Plague in India, 1896, 1897 - Volume 2
Year: 1896
Disease focus: Plague
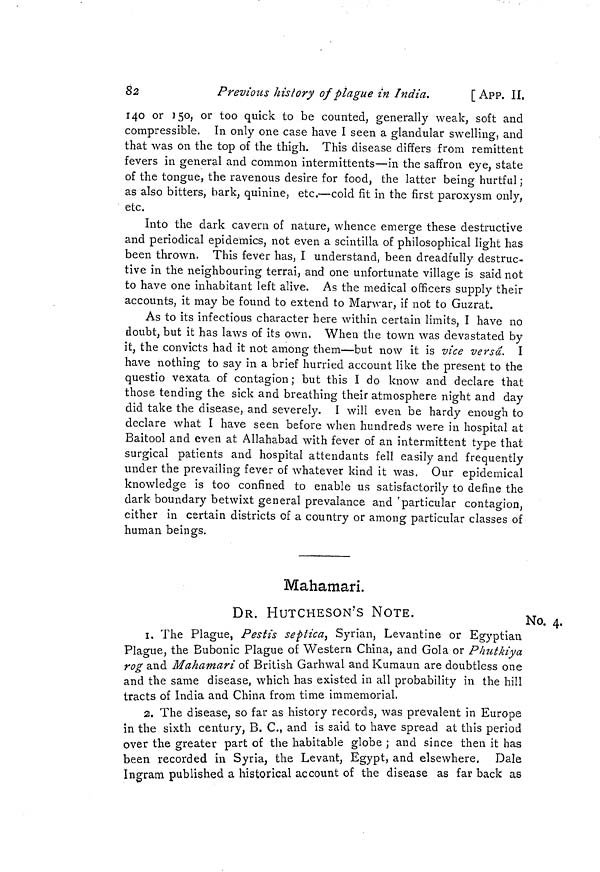
82
Previous history of plague in India.
[ App. II
140 or 150, or too quick to be counted, generally weak, soft anc
compressible. In only one case have I seen a glandular swelling, anc
that was on the top of the thigh. This disease differs from remittent
fevers in general and common intermittents—in the saffron eye, state
of the tongue, the ravenous desire for food, the latter being hurtful
as also bitters, bark, quinine, etc.,—cold fit in the first paroxysm only
etc.
Into the dark cavern of nature, whence emerge these destructive
and periodical epidemics, not even a scintilla of philosophical light has
been thrown. This fever has, I understand, been dreadfully destruc-
tive in the neighbouring terrai, and one unfortunate village is said no
to have one inhabitant left alive. As the medical officers supply thei:
accounts, it may be found to extend to Marwar, if not to Guzrat.
As to its infectious character here within certain limits, I have m
doubt, but it has laws of its own. When the town was devastated by
it, the convicts had it not among them—but now it is vice versa.
have nothing to say in a brief hurried account like the present to the
questio vexata of contagion; but this I do know and declare that
those tending the sick and breathing their atmosphere night and day
did take the disease, and severely. I will even be hardy enough to
declare what I have seen before when hundreds were in hospital a
Baitool and even at Allahabad with fever of an intermittent type tha
surgical patients and hospital attendants fell easily and frequentl
under the prevailing fever of whatever kind it was, Our epidemical
knowledge is too confined to enable us satisfactorily to define the
dark boundary betwixt general prevalance and ' particular contagion
either in certain districts of a country or among particular classes c
human beings.
Mahamari.
No. 4,
DR. HUTCHESON'S NOTE.
1. The Plague, Pestis séptica, Syrian, Levantine or Egyptian
Plague, the Bubonic Plague of Western China, and Gola or Phutkiya
rog and Mahamari of British Garhwal and Kumaun are doubtless one
and the same disease, which has existed in all probability in the hill
tracts of India and China from time immemorial.
2. The disease, so far as history records, was prevalent in Europe
in the sixth century, B. C., and is said to have spread at this period
over the greater part of the habitable globe ; and since then it has
been recorded in Syria, the Levant, Egypt, and elsewhere. Dale
Ingram published a historical account of the disease as far back as